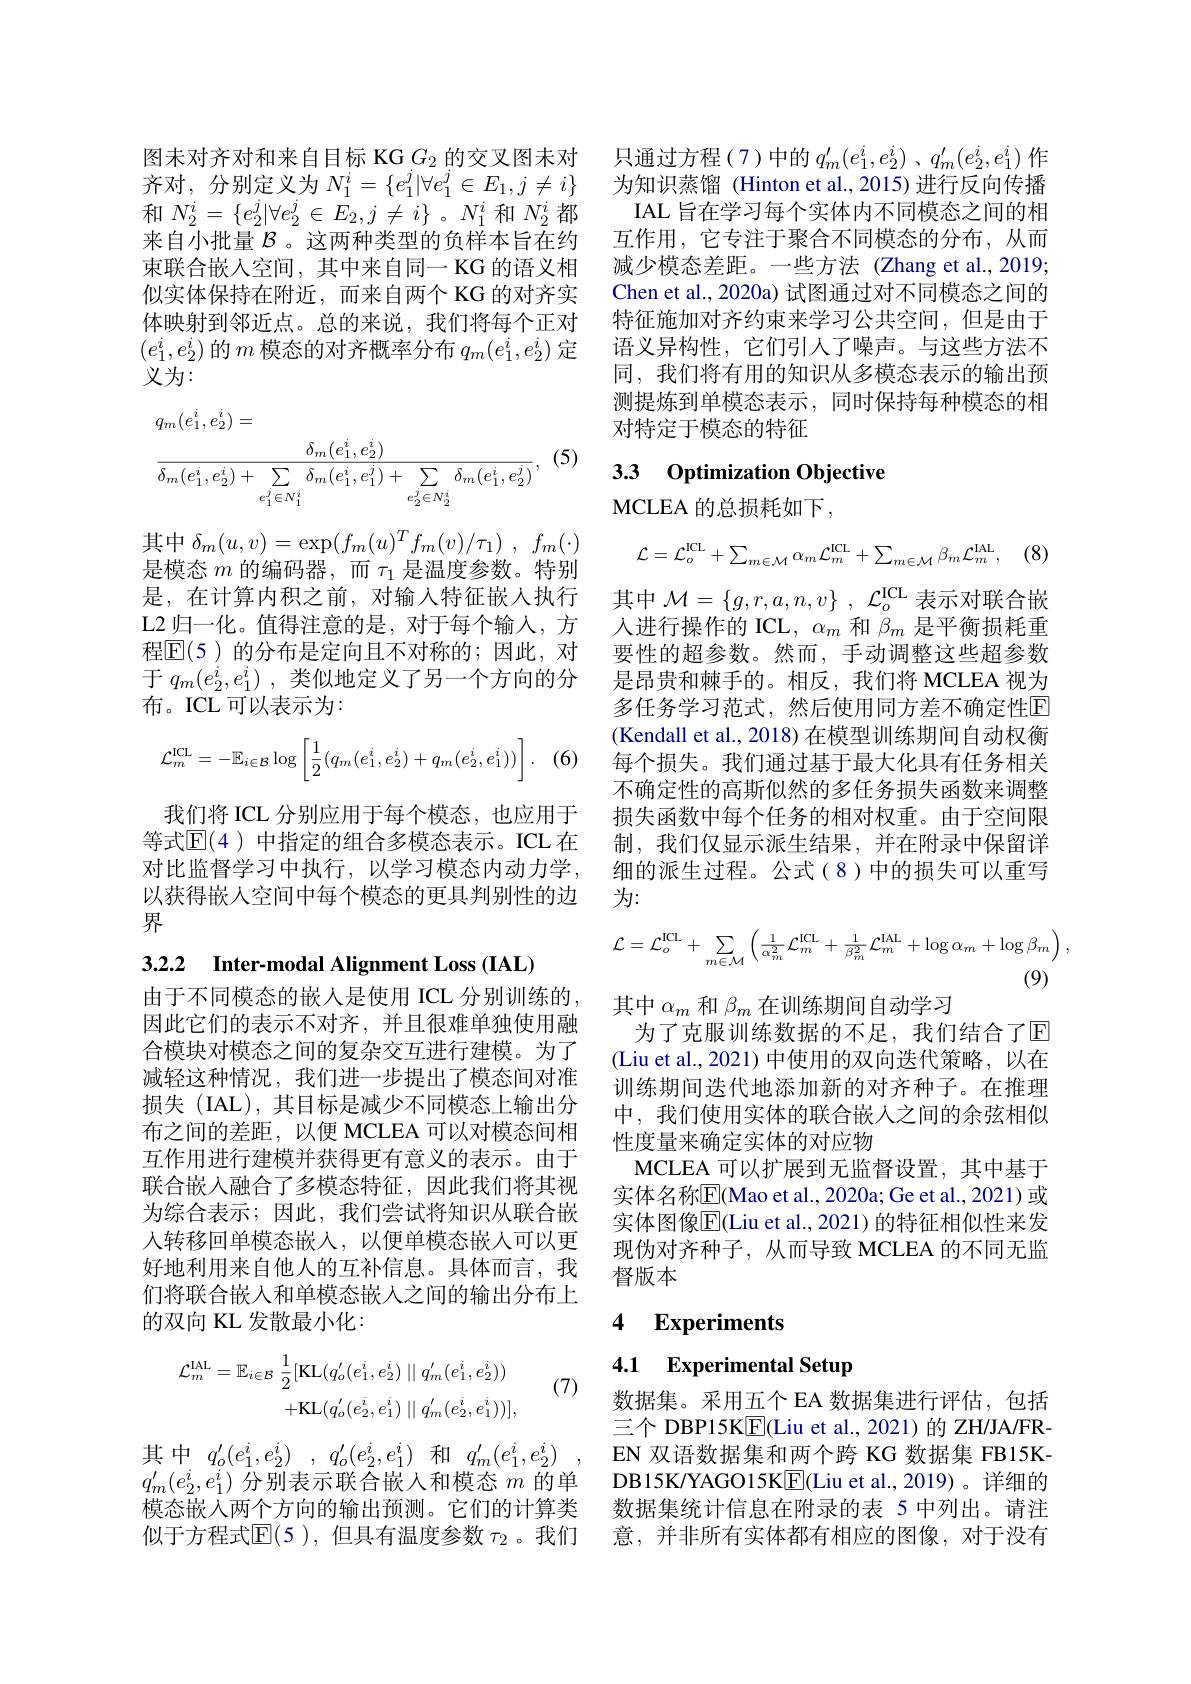
图未对齐对和来自目标 KG $G_{2}$的交叉图未对齐对，分别定义为$N_1^i=\{e_1^j|\forall e_1^j\in E_1,j\neq i\}$ 和$N_{2}^{i}=\{e_{2}^{j}|\forall e_{2}^{j}\in E_{2},j\neq i\}$。$N_1^{i}$和$N_{2}^{i}$都来自小批量$\mathcal{B}$ 。这两种类型的负样本旨在约束联合嵌入空间，其中来自同一 KG 的语义相似实体保持在附近，而来自两个 KG 的对齐实体映射到邻近点。总的来说，我们将每个正对$(e_1^i,e_2^i)$的$m$模态的对齐概率分布$q_m(e_1^i,e_2^i)$定义为：
$$\begin{aligned}&q_{m}(e_{1}^{i},e_{2}^{i})=\\&\frac{\delta_{m}(e_{1}^{i},e_{2}^{i})}{\delta_{m}(e_{1}^{i},e_{2}^{i})+\sum_{e_{1}^{j}\in N_{1}^{i}}\delta_{m}(e_{1}^{i},e_{1}^{j})+\sum_{e_{2}^{j}\in N_{2}^{i}}\delta_{m}(e_{1}^{i},e_{2}^{j})},\:(\end{aligned}$$
(5)

其中$\delta _m( u, v) = \exp ( f_m( u) ^Tf_m( v) / \tau _1)$ , $f_m( \cdot )$ 是模态$m$的编码器，而$\tau_1$是温度参数。特别是，在计算内积之前，对输入特征嵌入执行L2 归一化。值得注意的是，对于每个输入，方程$\mathbb{E}(5)$ 的分布是定向且不对称的；因此，对于$q_m( e_2^i, e_1^i)$ ,类似地定义了另一个方向的分布。ICL 可以表示为：

(6,
$$\mathcal{L}_m^{\text{ICL}}=-\mathbb{E}_{i\in\mathcal{B}}\log\left[\frac{1}{2}(q_m(e_1^i,e_2^i)+q_m(e_2^i,e_1^i))\right].$$
我们将 ICL 分别应用于每个模态，也应用于等式$\mathbb{E}(4)$ 中指定的组合多模态表示。ICL 在对比监督学习中执行，以学习模态内动力学， 以获得嵌入空间中每个模态的更具判别性的边界

3.2.2 Inter-modal Alignment Loss(IAL)

由于不同模态的嵌入是使用 ICL 分别训练的， 因此它们的表示不对齐，并且很难单独使用融合模块对模态之间的复杂交互进行建模。为了减轻这种情况，我们进一步提出了模态间对准损失(IAL),其目标是减少不同模态上输出分布之间的差距，以便 MCLEA 可以对模态间相互作用进行建模并获得更有意义的表示。由于联合嵌入融合了多模态特征，因此我们将其视为综合表示；因此，我们尝试将知识从联合嵌人转移回单模态嵌入，以便单模态嵌入可以更好地利用来自他人的互补信息。具体而言，我们将联合嵌入和单模态嵌人之间的输出分布上的双向 KL 发散最小化：
$$\begin{aligned}\mathcal{L}_{m}^{\mathrm{IAL}}&=\mathbb{E}_{i\in\mathcal{B}}\:\frac{1}{2}[\mathrm{KL}(q_{o}^{\prime}(e_{1}^{i},e_{2}^{i})\mid\mid q_{m}^{\prime}(e_{1}^{i},e_{2}^{i}))\\&+\mathrm{KL}(q_{o}^{\prime}(e_{2}^{i},e_{1}^{i})\mid\mid q_{m}^{\prime}(e_{2}^{i},e_{1}^{i}))],\end{aligned}$$
(7)

$q_{m}^{\prime}(e_{2}^{i},e_{1}^{i})$分别表示联合嵌入和模态$m$的单似于方程式$\mathbb{E}(5)$, 但具有温度参数 $\tau_2$ 。我们

只通过方程(7)中的$q_m^\prime ( e_1^i, e_2^i)$ , $q_m^{\prime }( e_2^i, e_1^i)$作为知识蒸馏 (Hinton et al., 2015) 进行反向传播IAL 旨在学习每个实体内不同模态之间的相互作用，它专注于聚合不同模态的分布，从而减少模态差距。一些方法(Zhang et al.,2019; Chen et al., 2020a) 试图通过对不同模态之间的特征施加对齐约束来学习公共空间，但是由于语义异构性，它们引入了噪声。与这些方法不同，我们将有用的知识从多模态表示的输出预测提炼到单模态表示，同时保持每种模态的相对特定于模态的特征

# 33 Optimization Objective

MCLEA 的总损耗如下，
$$\mathcal{L}=\mathcal{L}_{o}^{\mathrm{ICL}}+\sum_{m\in\mathcal{M}}\alpha_{m}\mathcal{L}_{m}^{\mathrm{ICL}}+\sum_{m\in\mathcal{M}}\beta_{m}\mathcal{L}_{m}^{\mathrm{IAL}},$$
其中$\mathcal{M} = \{ g, r, a, n, v\}$ $, \mathcal{L} _o^\mathrm{ICL}$表示对联合嵌人进行操作的 ICL, $\alpha_m$和$\beta_m$是平衡损耗重要性的超参数。然而，手动调整这些超参数是昂贵和棘手的。相反，我们将 MCLEA 视为多任务学习范式，然后使用同方差不确定性E (Kendall et al., 2018) 在模型训练期间自动权衡每个损失。我们通过基于最大化具有任务相关不确定性的高斯似然的多任务损失函数来调整损失函数中每个任务的相对权重。由于空间限制，我们仅显示派生结果，并在附录中保留详细的派生过程。公式(8)中的损失可以重写为：
$$\mathcal{L}=\mathcal{L}_{o}^{\mathrm{ICL}}+\sum_{m\in\mathcal{M}}\left(\frac{1}{\alpha_{m}^{2}}\mathcal{L}_{m}^{\mathrm{ICL}}+\frac{1}{\beta_{m}^{2}}\mathcal{L}_{m}^{\mathrm{IAL}}+\log\alpha_{m}+\log\beta_{m}\right),$$
(9)
其中$\alpha_m$和$\beta_m$在训练期间自动学习
为了克服训练数据的不足，我们结合了$\mathbb{E}$ (Liu et al., 2021) 中使用的双向迭代策略，以在训练期间迭代地添加新的对齐种子。在推理中，我们使用实体的联合嵌入之间的余弦相似性度量来确定实体的对应物
MCLEA 可以扩展到无监督设置，其中基于实体名称$\overline{\mathrm{E}}($Mao et al., 2020a; Ge et al., 2021) 或实体图像$\overline{\mathrm{E}}($Liu et al., 2021) 的特征相似性来发现伪对齐种子，从而导致 MCLEA 的不同无监督版本

### 4 $\textbf{Experiments}$

4.1 Experimental Setup

数据集。采用五个 EA 数据集进行评估，包括三个 DBP15K$\underline{\mathrm{E}}$(Liu et al., 2021)的 ZH/JA/FR-
其中 $q_o^{\prime }( e_1^i, e_2^i)$ , $q_o^{\prime }( e_2^i, e_1^i)$ 和 $q_m^{\prime }( e_1^i, e_2^i)$ , EN 双语数据集和两个跨 KG 数据集 FB15K-
DB15K/YAGO15K$\underline{\mathrm{E}}($Liu et al.,2019)。详细的
模态嵌入两个方向的输出预测。它们的计算类 数据集统计信息在附录的表 5 中列出。请注
意，并非所有实体都有相应的图像，对于没有